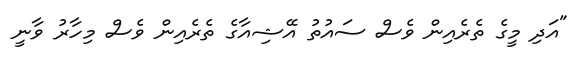
"އަދި މީގެ ތެރެއިން ވެސް ސައުތު އޭޝިއާގެ ތެރެއިން ވެސް މިހާރު ވާނީ